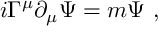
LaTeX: i \Gamma ^ { \mu } \partial _ { \mu } \Psi = m \Psi ~ ,